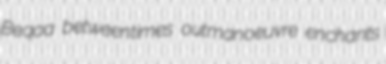
Beqaa betweentimes outmanoeuvre enchants